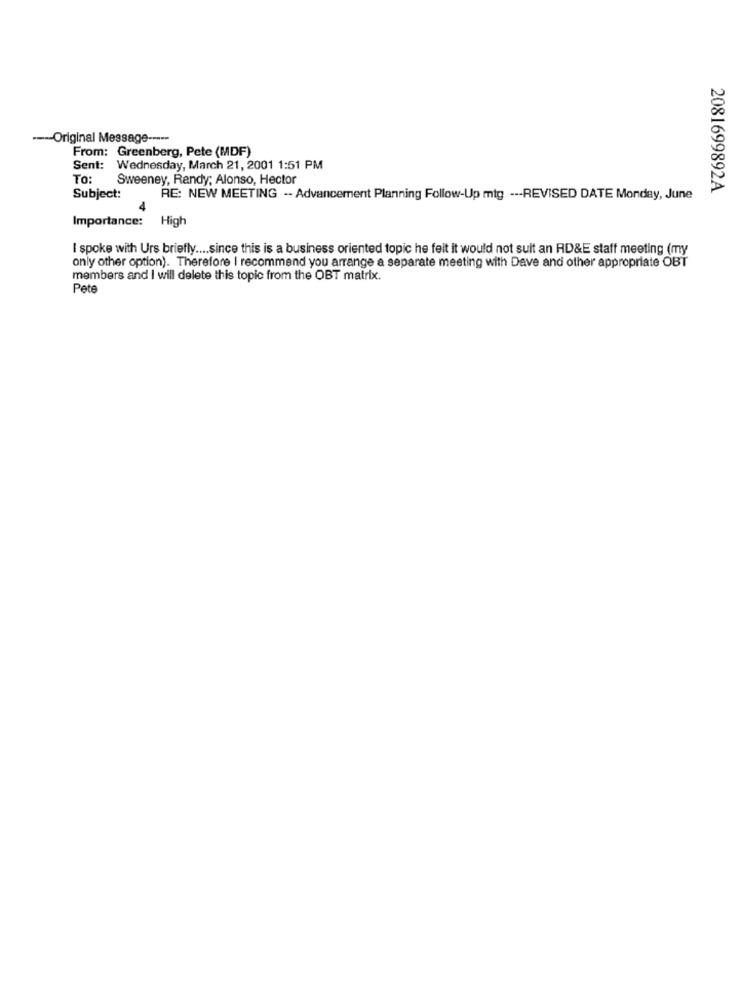
---- Original Message -----
From: Greenberg, Pete (MDF)
Sent: Wednesday, March 21, 2001 1:51 PM
To:
Sweeney, Randy; Alonso, Hector
2081699892A
Subject:
RE: NEW MEETING -- Advancement Planning Follow-Up mtg --- REVISED DATE Monday, June
Importance:
High
I spoke with Urs briefly .... since this is a business oriented topic he felt it would not suit an RD&E staff meeting (my
only other option). Therefore I recommend you arrange a separate meeting with Dave and other appropriate OBT
members and I will delete this topic from the OBT matrix.
Pete